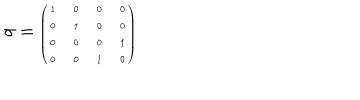
\sigma = { \tiny \left( \begin{array} { c c c c } { { 1 } } & { { 0 } } & { { 0 } } & { { 0 } } \\ { { 0 } } & { { 1 } } & { { 0 } } & { { 0 } } \\ { { 0 } } & { { 0 } } & { { 0 } } & { { 1 } } \\ { { 0 } } & { { 0 } } & { { 1 } } & { { 0 } } \\ \end{array} \right) }